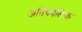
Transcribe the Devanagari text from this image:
अतिकालिक